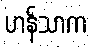
ဟန်သာက